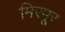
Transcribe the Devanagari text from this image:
मिरपूर